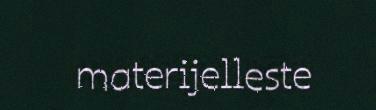
materijelleste